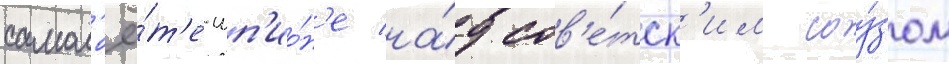
самол'ё́т'е-шп'ио́н'е на́д сов'е́тск'им соу́зом